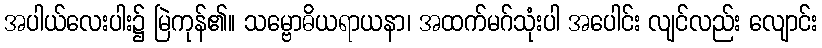
အပါယ်လေးပါး၌ မြဲကုန်၏။ သမ္ဗောဓိယရာယနာ၊ အထက်မဂ်သုံးပါ အပေါင်း လျင်လည်း လျောင်း